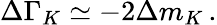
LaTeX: \Delta\Gamma_{K}\simeq-2\Delta m_{K}\, .